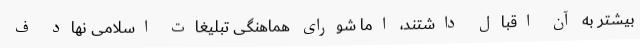
بیشتر به آن اقبال داشتند، اما شورای هماهنگی تبلیغات اسلامی نهاد ف